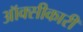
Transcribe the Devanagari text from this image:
ऑक्सीकारी